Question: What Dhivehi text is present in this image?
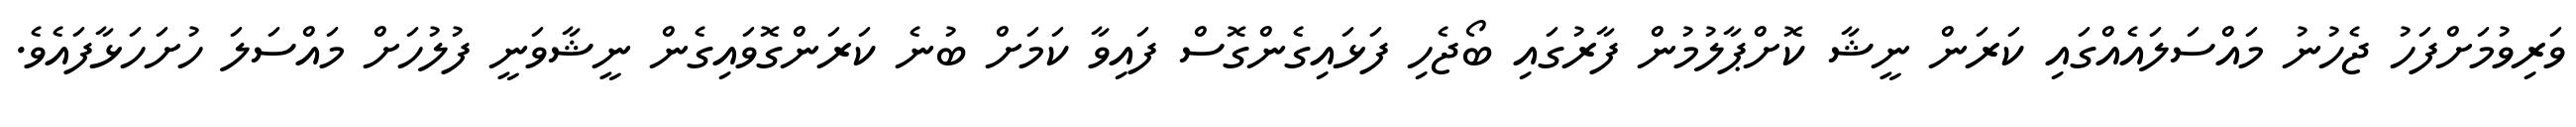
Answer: ވަރިވުމަށްފަހު ޖެހުނު މައްސަލައެއްގައި ކަރަން ނީޝާ ކޮށްޕާލުމުން ފާރުގައި ބޯޖެހި ފަޅައިގެންގޮސް ފައިވާ ކަމަށް ބުނެ ކަރަންގޮވައިގެން ނީޝާވަނީ ފުލުހަށް މައްސަލަ ހުށަހަޅާފައެވެ.